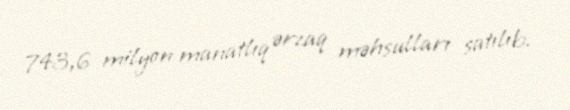
743,6 milyon manatlıq ərzaq məhsulları satılıb.